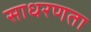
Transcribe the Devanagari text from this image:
साधरणता